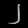
Digit: ၂